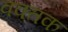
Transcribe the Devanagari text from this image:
वक्तक